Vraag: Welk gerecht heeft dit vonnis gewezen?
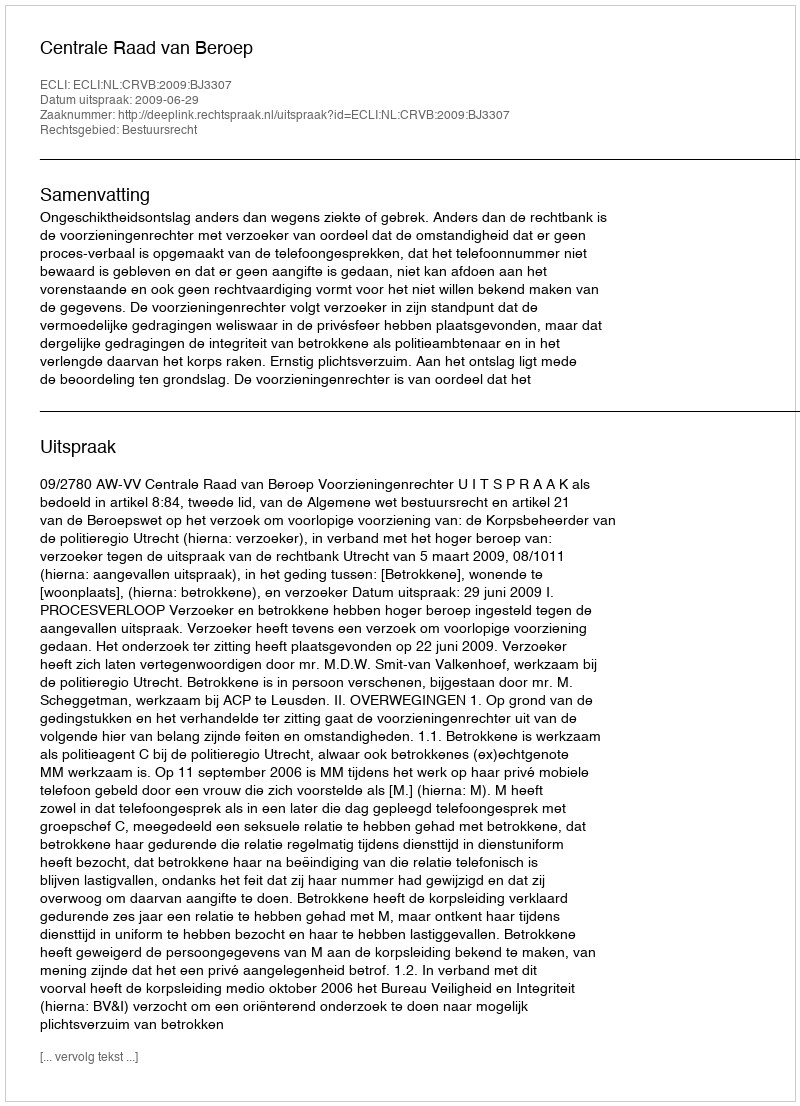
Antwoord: Centrale Raad van Beroep